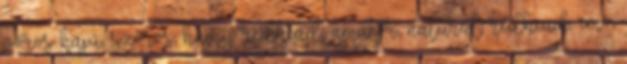
vörös hajú, szőrös, hairy redhead, amatőr, natural redhead, emó,